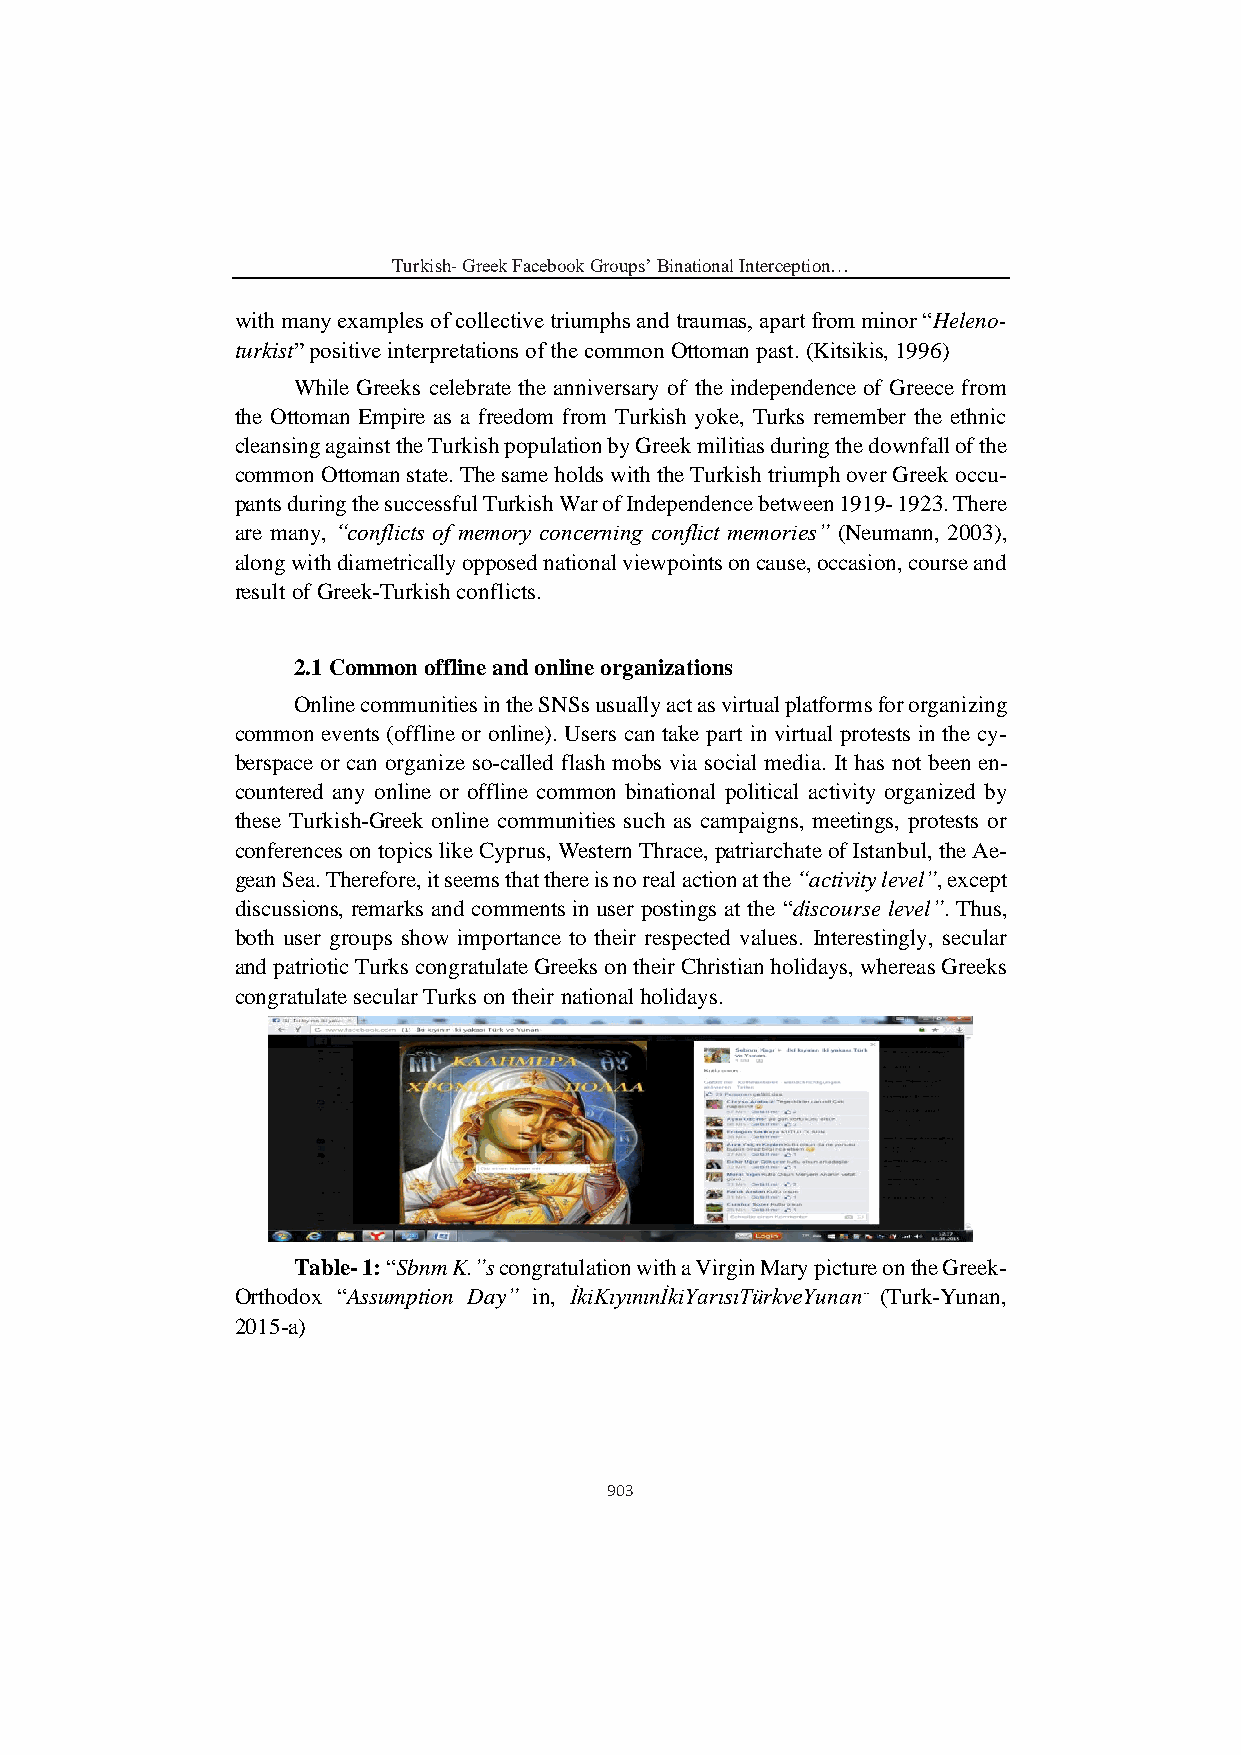
Turkish- Greek Facebook Groups’ Binational Interception…
 with many examples of collective triumphs and traumas, apart from minor “Heleno-
 turkist” positive interpretations of the common Ottoman past. (Kitsikis, 1996)
 While Greeks celebrate the anniversary of the independence of Greece from
 the Ottoman Empire as a freedom from Turkish yoke, Turks remember the ethnic
 cleansing against the Turkish population by Greek militias during the downfall of the
 common Ottoman state. The same holds with the Turkish triumph over Greek occu-
 pants during the successful Turkish War of Independence between 1919- 1923. There
 are many, “conflicts of memory concerning conflict memories” (Neumann, 2003),
 along with diametrically opposed national viewpoints on cause, occasion, course and
 result of Greek-Turkish conflicts.
 2.1 Common offline and online organizations
 Online communities in the SNSs usually act as virtual platforms for organizing
 common events (offline or online). Users can take part in virtual protests in the cy-
 berspace or can organize so-called flash mobs via social media. It has not been en-
 countered any online or offline common binational political activity organized by
 these Turkish-Greek online communities such as campaigns, meetings, protests or
 conferences on topics like Cyprus, Western Thrace, patriarchate of Istanbul, the Ae-
 gean Sea. Therefore, it seems that there is no real action at the “activity level”, except
 discussions, remarks and comments in user postings at the “discourse level”. Thus,
 both user groups show importance to their respected values. Interestingly, secular
 and patriotic Turks congratulate Greeks on their Christian holidays, whereas Greeks
 congratulate secular Turks on their national holidays.
 Table- 1: “Sbnm K.”s congratulation with a Virgin Mary picture on the Greek-
 Orthodox “Assumption Day” in, İkiKıyınınİkiYarısıTürkveYunan.. (Turk-Yunan,
 2015-a)
 903